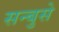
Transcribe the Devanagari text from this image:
सन्बुसे